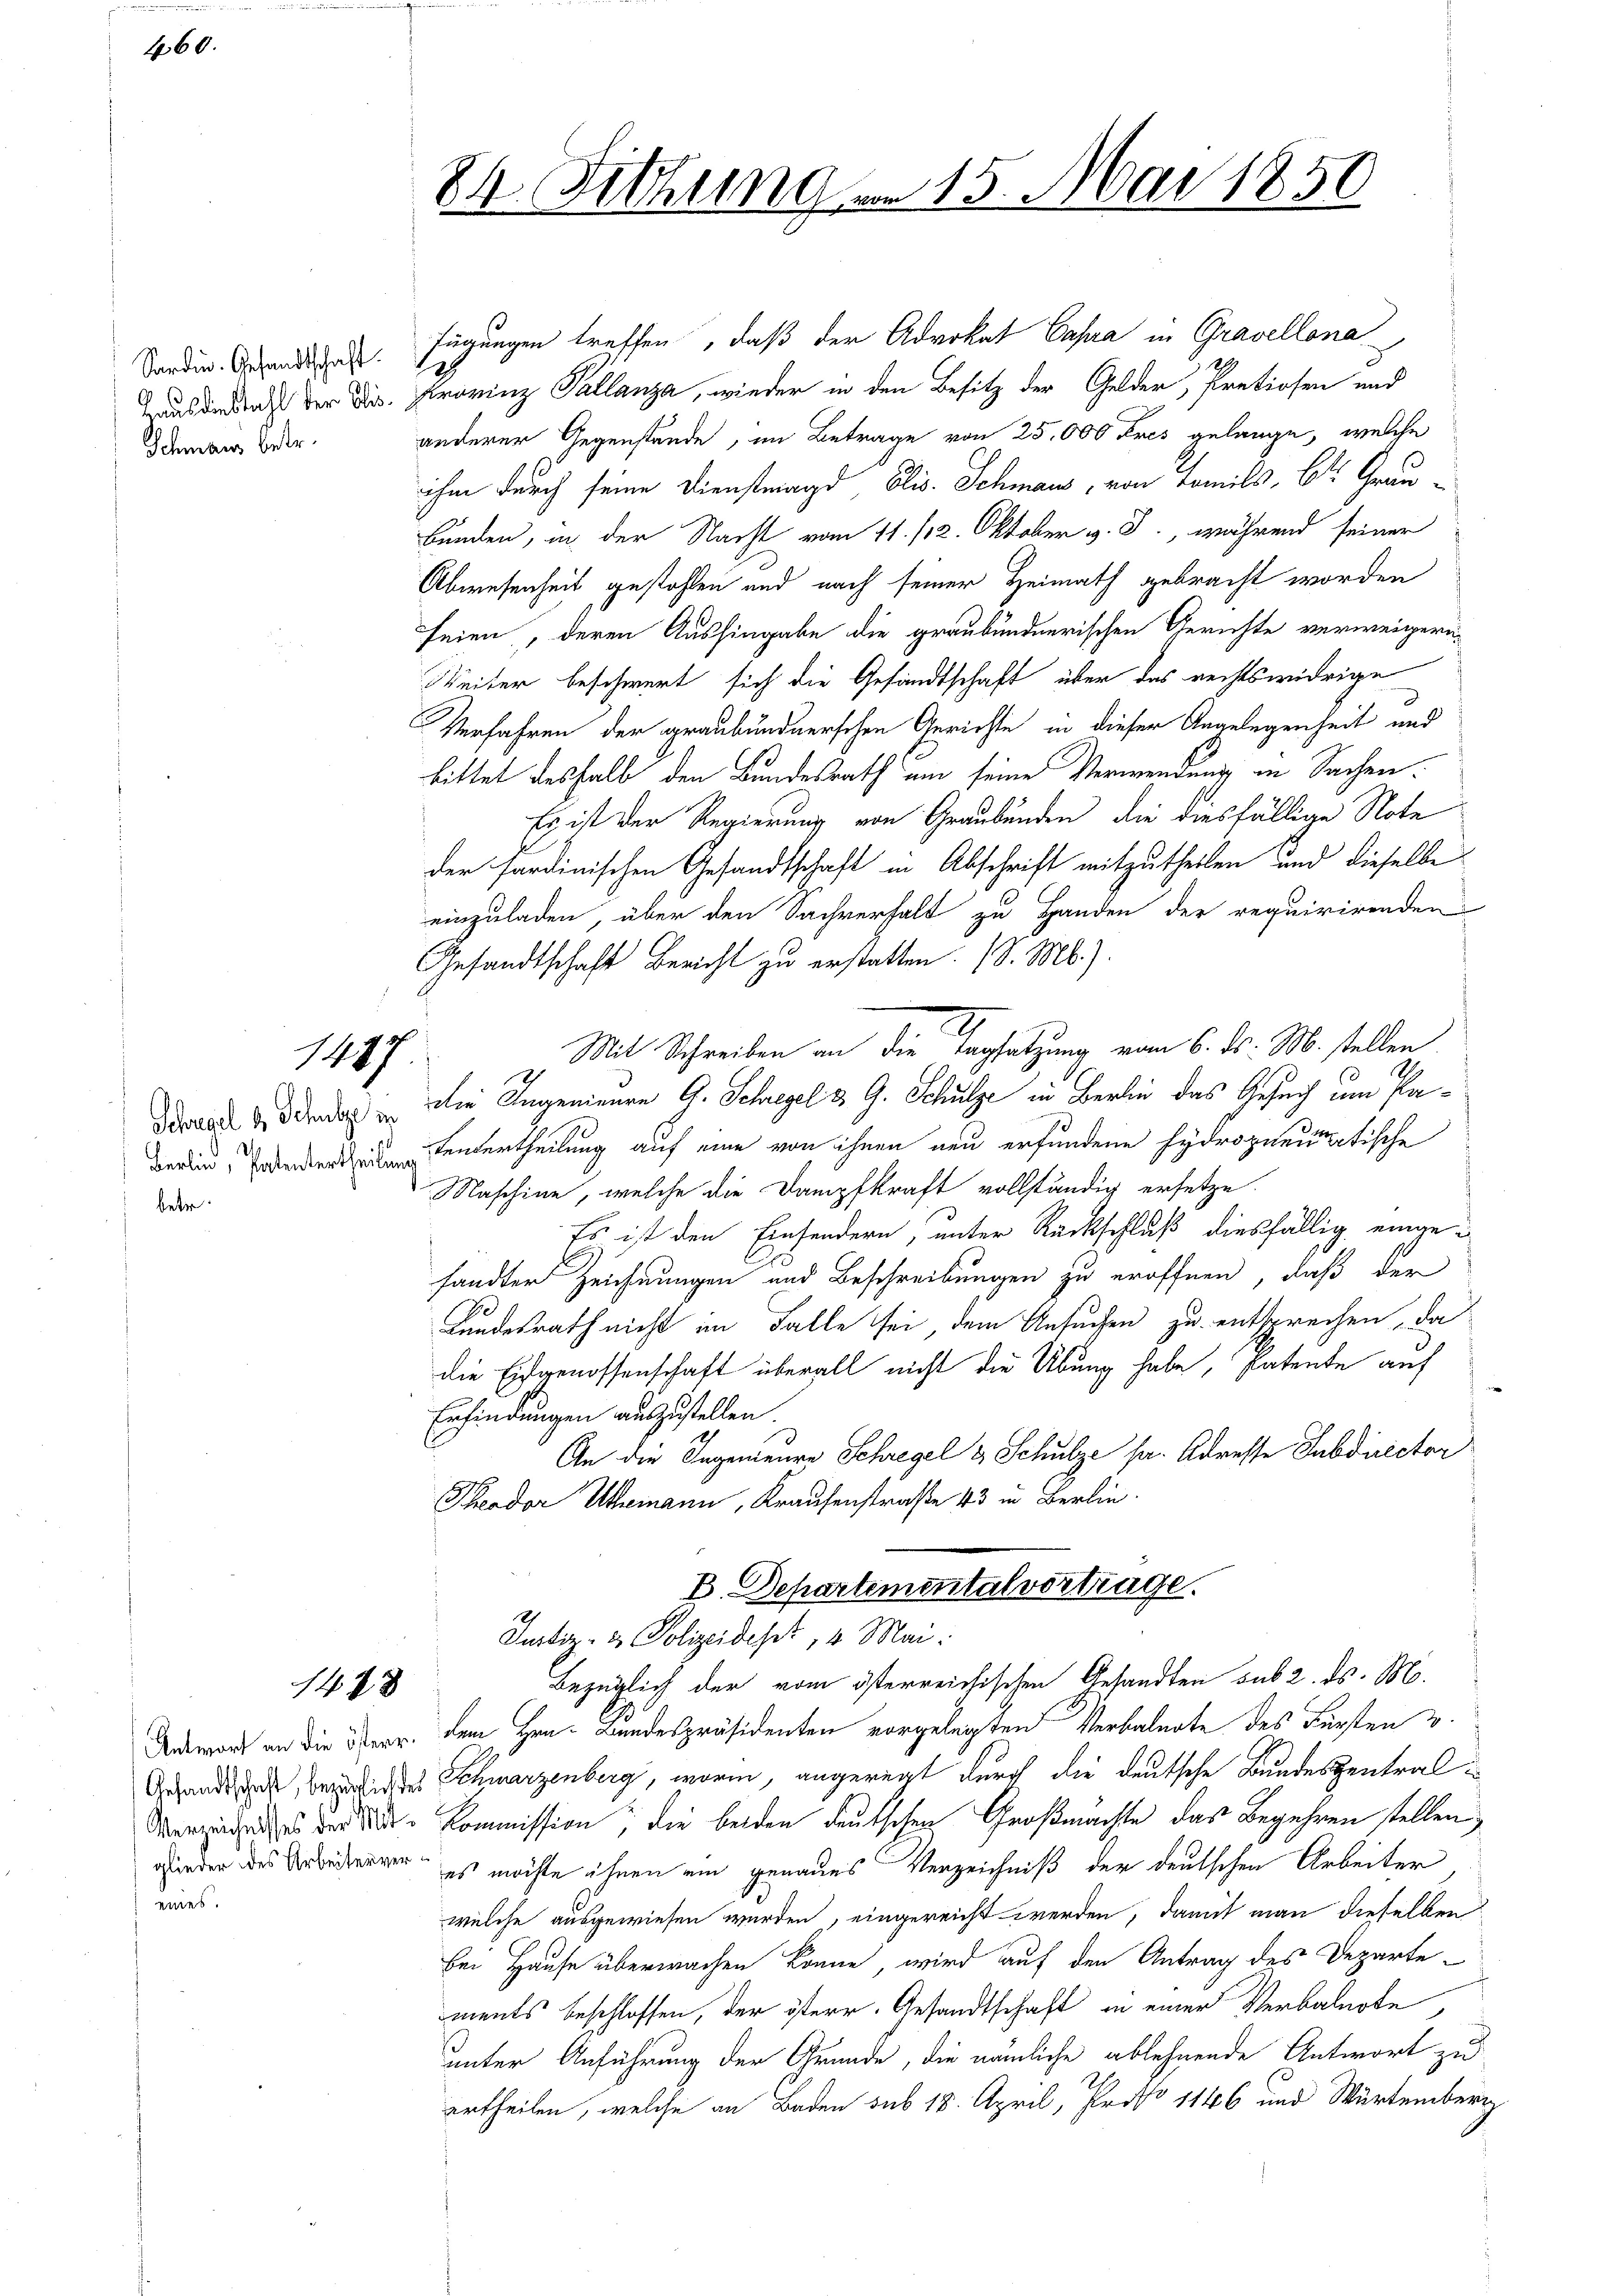
460.

Schmars betr.

1417.

betr.

1448

24. Sitzung.

Sonden Gesandt. Fügungen treffen, daß der Advokat Cassa in Gravellona
aus dadurch der Dir. Provinz Pallanza, wieder in den Besitz der Gelder, Pretiosen und
anderer Gegenstände, im Betrage von 25,000 Fres gelange, welche
ihm durch seine Dienstmagd Elis. Schmaus, von Famils, St. Grau-
Bunden, in der Nacht vom 11. /12. Oktober v. J., während seiner
Abwesenheit gestohlen und nach seiner Heimath gebracht worden
seien, deren Aushingabe die graubündnerischen Gerichte verweigeru¬
Weiter beschwert sich die Gesandtschaft über das rechtswidrige
Verfahren der graubündnerschen Gerichte in dieser Angelegenheit und
bittet deshalb den Bundesrath am seine Verwendung an Sachen
Es ist der Regierung von Graubünden, die diesfällige Note
der sardinischen Gesandtschaft in Abschrift mitzutheilen und dieselbe
einzuladen, über den Sachverhalt zu Handen der requirirenden
Gesandtschaft Bericht zu erstatten. (S. Mb.).
2
Mit Schreiben an die Tagsatzung vom 6. ds. M. stellen
.
ddouard da die Ingenieurn G. Schregel d. G. Schulze in Berlin das Gesuch um Paerientertheilung auf eine von ihnen neu erfundene Hydropneumatische
Maschine, welche die Dampfkraft vollständig ersetze.
Es ist den Einsondern, unter Rückschluß diesfällig eingesandter Zeichnungen und Beschreibungen zu eröffnen, daß der
Kundesrath nicht im Falle sei dem Ansuchen zu entsprechen, da
die Eidgenossenschaft überall nicht die Übung habe, Patente auf
Erfindungen auszustellen.
An die Ingenieure Schregel & Schulze sr. Adresse Subdirector
Theodor Uthemann, Kraufenstraße 43 in Berlin.
B. Departemental vortrage.
Justiz- & Polizeideser, 4. Mai.
Bezüglich der vom österreichischen Gesandten sub 2. ds. M.
Antwort an die Baar, dem Hrn. Bundespräsidenten vorgelegten Verbalnote des Fürsten u.
Gesandt und bezweites Schwarzenberg, worin, angeregt durch die deutsche Bundeszentral¬
Verziges der die Kommission, die beiden deutschen Großmächte das Begehren stellen
gunden des Arbeitungen, es möchte ihnen ein genaues Verzeichniß der deutschen Arbeiter
welche ausgewiesen werden, eingereicht werden, damit man dieselben
bei Hause überwachen könne, wird auf den Antrag des Departements beschlossen, der österr. Gesandtschaft in einer Verbalnote
unter Anführung der Grunde, die nämliche ablehnende Antwort zu
urtheilen, welche an Baden sub 18. April, Proto 1146 und Würtember

15. Mai 1850